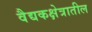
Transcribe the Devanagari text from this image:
वैद्यकक्षेत्रातील